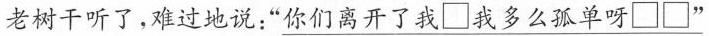
老树干听了，难过地说：\underline{“你们离开了我□我多么孤单呀□□”}